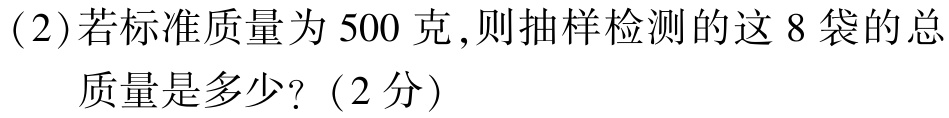
(2)若标准质量为$500$克,则抽样检测的这$8$袋的总

质量是多少?（2分）